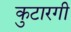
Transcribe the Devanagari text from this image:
कुटारगी